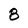
Character: 8